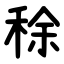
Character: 稌